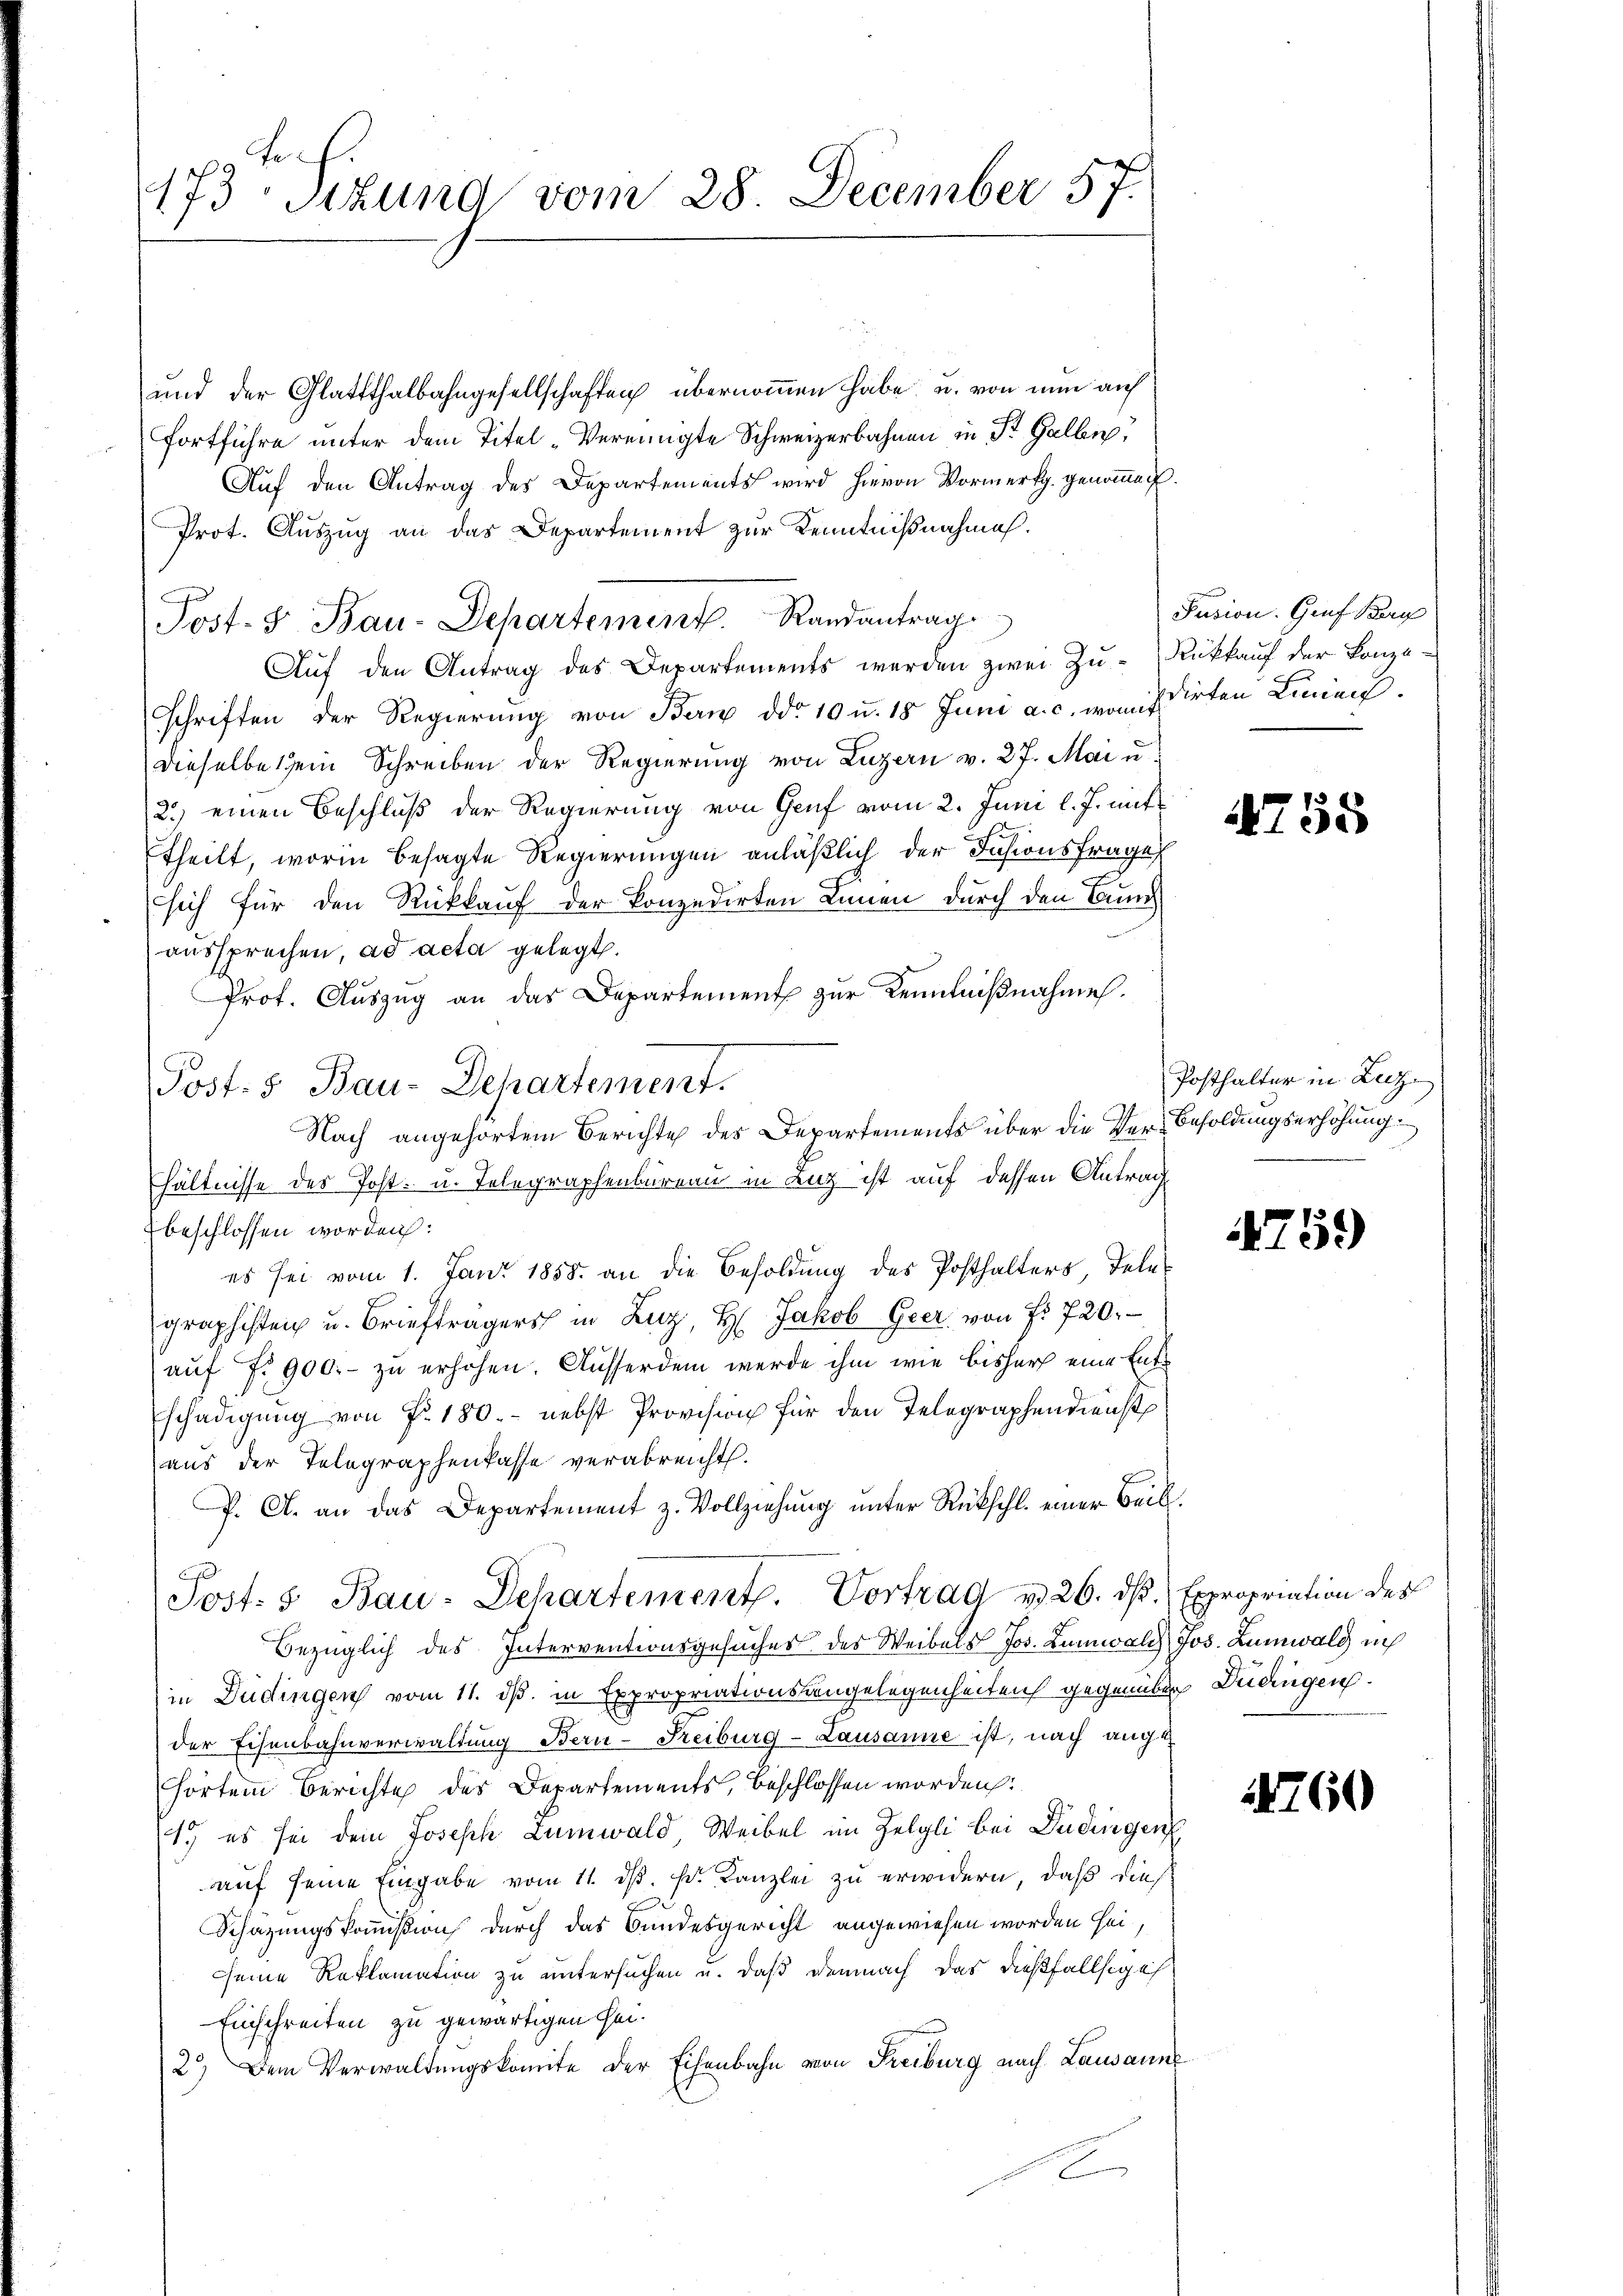
173 Sitzung vom 28. December 57.

und der Glattthalbahngesellschaften übernommen habe u. von nun auf
fortführe unter dem Titel-Vereinigte Schweizerbahnen in St. Gallen,
Auf den Antrag des Departements wird hievon Vormerkg genommen.
Prot. Auszug an das Departement zur Kenntnißnahme.
Aŭf den Antrag des Departements werden zwei Zŭ-Rückkauf der Konzeschriften der Regierŭng von Bern ddo 10 u. 18 Juni a. c. womit
dieselbe ein Schreiben der Regierung von Luzern v. 27. Mai u
2.) einen Beschluß der Regierung von Genf vom 2. Juni l. J. mit
theilt, worin besagte Regierungen anläßlich der Insionsfrage
sich für den Rückkauf der konzedirten Innen durch den Bund
aussprechen, ad acta gelegt.
Prot. Auszug an das Departement zur Kenntnißnahme.
hältnisse des Post- u. Telegraphenbureau in Luz ist auf dessen Antrag
beschlossen worden:
es sei vom 1. Juni 1858. an die Besoldung des Posthalters Tele-
graphisten u. Briefträgers in Luz, H. Jakob Geer von f. 720.
auf fr. 900.- zu erhöhen. Ausserdem werde ihm wie bisharf eine Entschädigung von Fr. 180. - nebst Provision für den Telegraphendienst
aus der Telegraphenlasse verabreicht.
P. C. an das Departement z. Vollziehung unter Rückschl. einer Beil.
Post: 5. Bau-Departement. Vortrag v. 26. d. Expropriation des
Bezüglich des Interventionsgesuches des Weibels Jos. Lumwald Jos. Lumwald ich
in Düdingen vom 11. ds. in Expropriationsangelegenheiten gegenüber Dudügen.
der Eisenbahnverwaltung Bern-Freiburg-Lausanne ist, nach aucht
hörtem Berichte des Departements, beschlossen worden:
1.) es sei dem Joseph Lumwald Weibel im Zelgli bei Dudingen
auf seine Eingabe vom 11. d. d. Kanzlei zu erwidern, daß dies
Schazungskommißion durch das Bundesgericht angewiesen worden sei,
seine Reklamation zu untersuchen u. daß demnach das dießfallsiges
Einschreiten zu gewärtigen sei.
2.) Dem Verwaltungskomite der Eisenbahn von Freiburg nach Lausanne
x

Post- & Bau-Departement. Randantrag

Post- 5. Bau-Departement.

Nach angehörtem Berichte des Departements über die Ver-Besoldungserhöhung

Pusion. Graf Bary

idirten Linnen.

1755

Posthalter in Luz

759

760